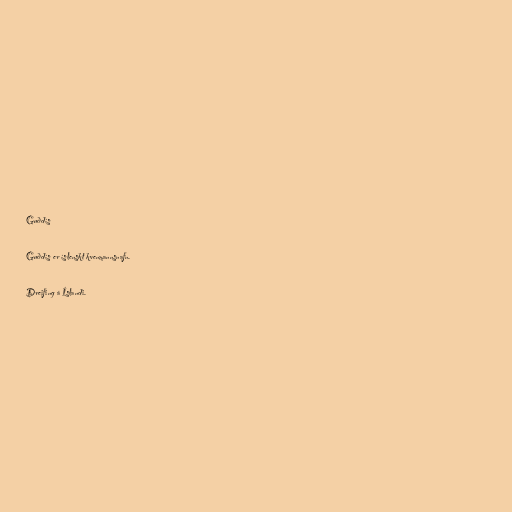
Guðdís

Guðdís er íslenskt kvenmannsnafn.

Dreifing á Íslandi.